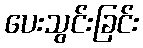
ပေးသွင်းခြင်း